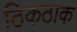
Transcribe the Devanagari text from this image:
ठिकठाक